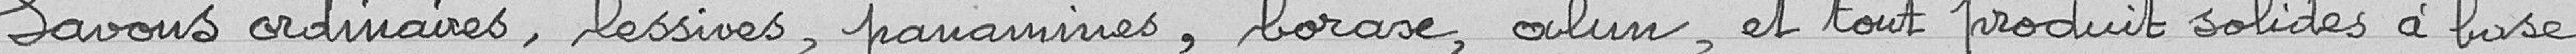
Savons ordinaires, lessives, panamines, borase, alun, et tout produit solide à base